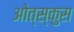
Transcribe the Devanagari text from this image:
ओत्स्कुस